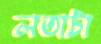
লতাটা